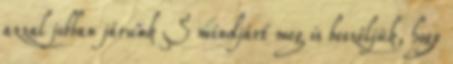
azzal jobban járunk S mindjárt meg is beszéljük, hogy